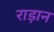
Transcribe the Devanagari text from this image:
राड़ान